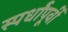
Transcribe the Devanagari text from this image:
स्पर्धांपूर्वी